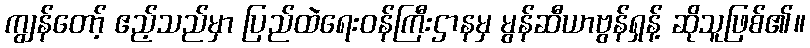
ကျွန်တော့် ဧည့်သည်မှာ ပြည်ထဲရေးဝန်ကြီးဌာနမှ မွန်ဆီယာဗွန်ရှန့် ဆိုသူဖြစ်၏။